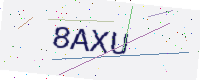
Text: 8AXU